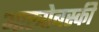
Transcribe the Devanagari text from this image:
आस्त्रोबस्की